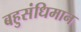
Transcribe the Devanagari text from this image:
बहुसंधिमान